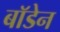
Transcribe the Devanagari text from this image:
बाॅडेन